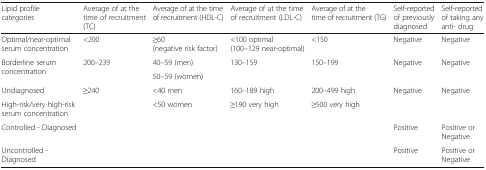
<table><thead><tr><td><b>Lipid profile categories</b></td><td><b>Average of at the time of recruitment (TC)</b></td><td><b>Average of at the time of recruitment (HDL-C)</b></td><td><b>Average of at the time of recruitment (LDL-C)</b></td><td><b>Average of at the time of recruitment (TG)</b></td><td><b>Self-reported of previously diagnosed</b></td><td><b>Self-reported of taking any anti- drug</b></td></tr></thead><tbody><tr><td>Optimal/near-optimal serum concentration</td><td>&lt;200</td><td>≥60 (negative risk factor)</td><td>&lt;100 optimal (100–129 near-optimal)</td><td>&lt;150</td><td>Negative</td><td>Negative</td></tr><tr><td rowspan="2">Borderline serum concentration</td><td rowspan="2">200–239</td><td>40–59 (men)</td><td rowspan="2">130–159</td><td rowspan="2">150–199</td><td rowspan="2">Negative</td><td rowspan="2">Negative</td></tr><tr><td>50–59 (women)</td></tr><tr><td>Undiagnosed</td><td rowspan="2">≥240</td><td>&lt;40 men</td><td>160–189 high</td><td>200–499 high</td><td rowspan="2">Negative</td><td rowspan="2">Negative</td></tr><tr><td>High-risk/very high-risk serum concentration</td><td>&lt;50 women</td><td>≥190 very high</td><td>≥500 very high</td></tr><tr><td>Controlled - Diagnosed</td><td colspan="4"></td><td>Positive</td><td>Positive or Negative</td></tr><tr><td>Uncontrolled - Diagnosed</td><td colspan="4"></td><td>Positive</td><td>Positive or Negative</td></tr></tbody></table>